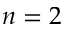
n = 2